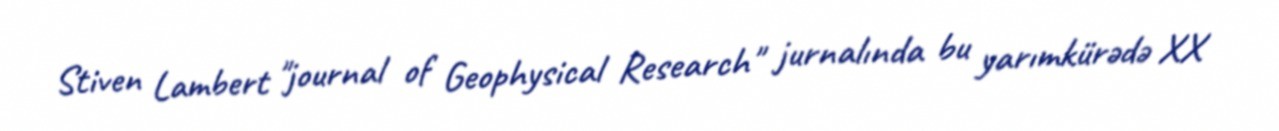
Stiven Lambert "journal of Geophysical Research" jurnalında bu yarımkürədə XX